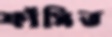
ফাঁসিত